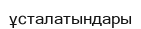
ұсталатындары